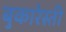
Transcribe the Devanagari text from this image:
बुकारेस्ती